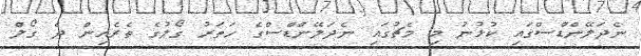
ނެދަލޭންޑްސްގައި ކުޅުނު މި މެޗުގައި ނެދަލޭންޑްސްގެ ހަތަރު ގޯލުގެ ތެރެއިން ދެ ގޯލް